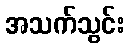
အသက်သွင်း